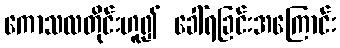
ကောသလတိုင်းဟူ၍ ခေါ်ရခြင်းအကြောင်း